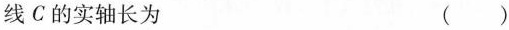
线C的实轴长为 ()